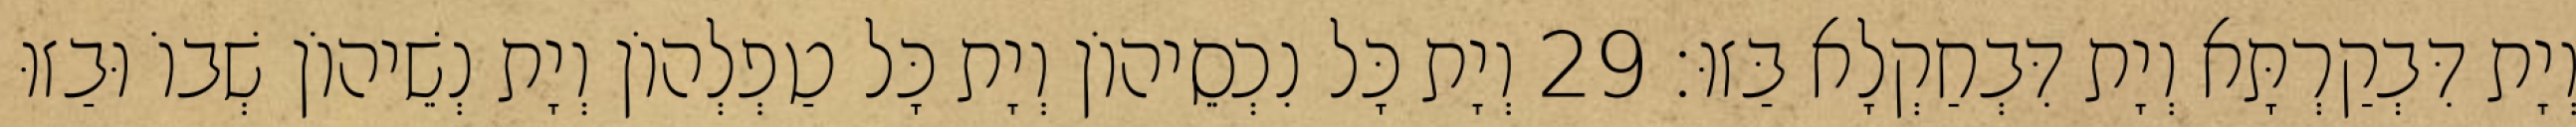
וְיָת דִּבְקַרְתָּא וְיָת דִּבְחַקְלָא בַּזוּ׃ 29 וְיָת כָּל נִכְסֵיהוֹן וְיָת כָּל טַפְלְהוֹן וְיָת נְשֵׁיהוֹן שְׁבוֹ וּבַזוּ